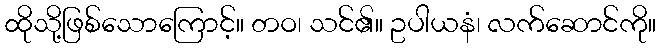
ထိုသို့ဖြစ်သောကြောင့်။ တဝ၊ သင်၏။ ဥပါယနံ၊ လက်ဆောင်ကို။